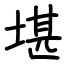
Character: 堪